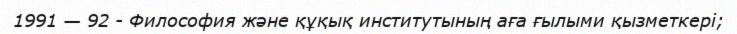
1991 — 92 - Философия және құқық институтының аға ғылыми қызметкері;